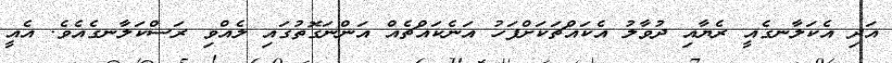
އަދި އެކަލާނގެއީ ރެޔާއި ދުވާލު އެކައްޗަކަށްފަހު އަނެކައްޗެއް އަންނަގޮތުގައި ލެއްވި ރަސްކަލާނގެއެވެ. އެއީ